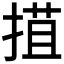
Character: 𢯽